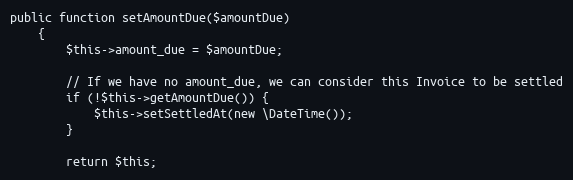
Language: PHP
public function setAmountDue($amountDue)
    {
        $this->amount_due = $amountDue;

        // If we have no amount_due, we can consider this Invoice to be settled
        if (!$this->getAmountDue()) {
            $this->setSettledAt(new \DateTime());
        }

        return $this;